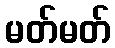
မတ်မတ်